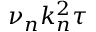
\nu _ { n } k _ { n } ^ { 2 } \tau